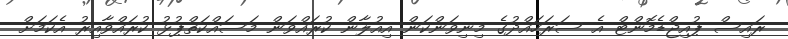
ރައިސް ޕުއިޖްޑެމޮންޓް އެ ސަރަހައްދުގެ މިނިވަންކަން އިއުލާން ކުރައްވަން މަސައްކަތްޕުޅު ކުރައްވާއިރު އެކަމަށް